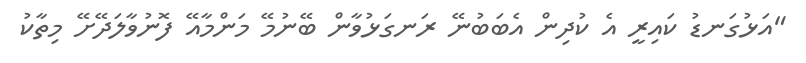
"އަޅުގަނޑު ކައިރީ އެ ކުދިން އެބަބުނޭ ރަނގަޅުވާން ބޭނުމޭ މަންމާއޭ ފޮނުވާލަދޭށޭ މިތާކު